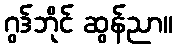
ဂွဒ်ဘိုင် ဆွန်ညာ။